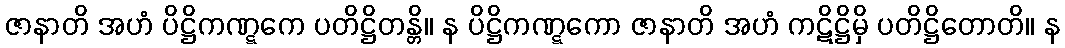
ဇာနာတိ အဟံ ပိဋ္ဌိကဏ္ဋကေ ပတိဋ္ဌိတန္တိ။ န ပိဋ္ဌိကဏ္ဋကော ဇာနာတိ အဟံ ကဋိဋ္ဌိမှိ ပတိဋ္ဌိတောတိ။ န